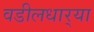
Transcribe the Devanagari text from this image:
वडीलधार्‍या